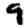
Digit: 9